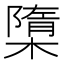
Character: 㯐